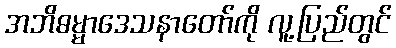
အဘိဓမ္မာဒေသနာတော်ကို လူ့ပြည်တွင်